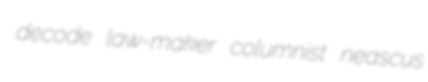
decode law-maker columnist neascus